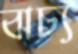
বাচ্য